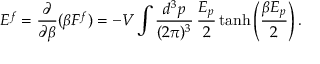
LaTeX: E ^ { f } = \frac { \partial } { \partial \beta } ( \beta F ^ { f } ) = - V \int \frac { d ^ { 3 } p } { ( 2 \pi ) ^ { 3 } } \, \frac { E _ { p } } { 2 } \operatorname { t a n h } \left( \frac { \beta E _ { p } } { 2 } \right) .